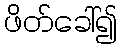
ဖိတ်ခေါ်၍